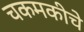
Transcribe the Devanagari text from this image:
चकमकीचे